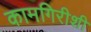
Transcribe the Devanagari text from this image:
कामगिरीशी